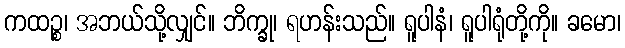
ကထဉ္စ၊ အဘယ်သို့လျှင်။ ဘိက္ခု၊ ရဟန်းသည်။ ရူပါနံ၊ ရူပါရုံတို့ကို။ ခမော၊